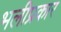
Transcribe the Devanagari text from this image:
भलीप्रकार